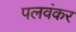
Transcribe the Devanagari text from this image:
पलवंकर